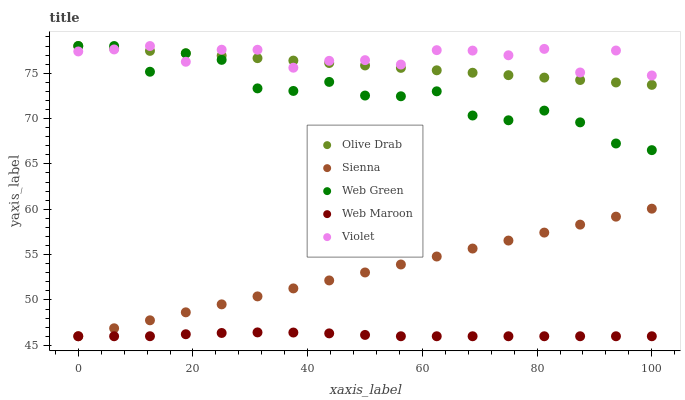
| xaxis_label | Olive Drab | Sienna | Web Green | Web Maroon | Violet |
 | --- | --- | --- | --- | --- | --- |
 | 0 | 78 | 46 | 78 | 46 | 77.4 |
 | 6.25 | 77.7 | 46.9 | 78 | 46 | 77.6 |
 | 12.5 | 77.5 | 47.8 | 75.2 | 46 | 78 |
 | 18.8 | 77.2 | 48.6 | 77.2 | 46.2 | 76.3 |
 | 25 | 76.9 | 49.5 | 76.5 | 46.4 | 77.6 |
 | 31.2 | 76.7 | 50.4 | 73.3 | 46.4 | 77.6 |
 | 37.5 | 76.4 | 51.3 | 73 | 46.4 | 75.6 |
 | 43.8 | 76.1 | 52.2 | 74 | 46.3 | 76.4 |
 | 50 | 75.9 | 53 | 72.5 | 46.1 | 76.4 |
 | 56.2 | 75.6 | 53.9 | 72.5 | 46 | 76 |
 | 62.5 | 75.3 | 54.8 | 73 | 46 | 77.5 |
 | 68.8 | 75.1 | 55.7 | 70.3 | 46 | 77.5 |
 | 75 | 74.8 | 56.5 | 69.8 | 46 | 77 |
 | 81.2 | 74.5 | 57.4 | 70.9 | 46 | 77.7 |
 | 87.5 | 74.3 | 58.3 | 69.6 | 46 | 75.1 |
 | 93.8 | 74 | 59.2 | 67.3 | 46 | 77.5 |
 | 100 | 73.7 | 60.1 | 66.5 | 46 | 74.8 |